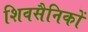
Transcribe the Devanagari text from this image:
शिवसैनिकों